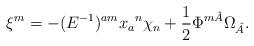
LaTeX: \begin{align*}\xi ^m = -(E^{-1})^{am} x_a{}^n \chi _n + \frac{1}{2} \Phi ^{m\hat{A}}\Omega _{\hat{A}}.\end{align*}